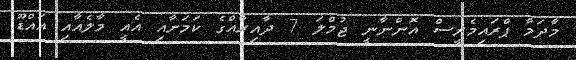
މާދަމާ ޕްރައިމެރީސް އޮންނާނީ ޖުމްލަ 7 ދާއިރާއްގެ ކަމަށާއި އެއީ މާލެއާއި އައްޑޫ